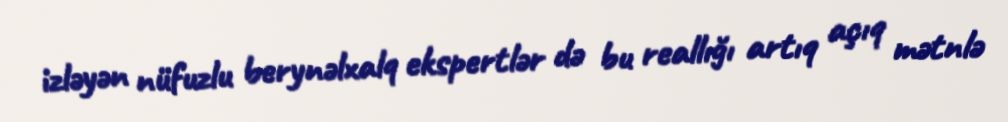
izləyən nüfuzlu berynəlxalq ekspertlər də bu reallığı artıq açıq mətnlə